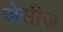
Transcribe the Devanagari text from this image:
जेसीज़